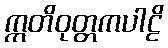
ဣတိဝုတ္တကပါဠိ